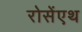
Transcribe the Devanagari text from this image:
रोसेंएथ